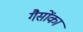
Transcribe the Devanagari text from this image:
गैसोंका